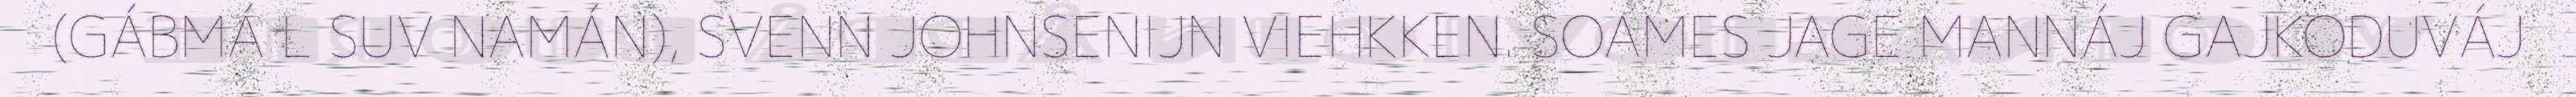
(GÁBMÁ L SUV NAMÁN), SVENN JOHNSENIJN VIEHKKEN. SOAMES JAGE MANNÁJ GAJKODUVÁJ